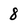
Character: 8